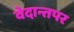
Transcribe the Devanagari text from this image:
वेदान्तपर